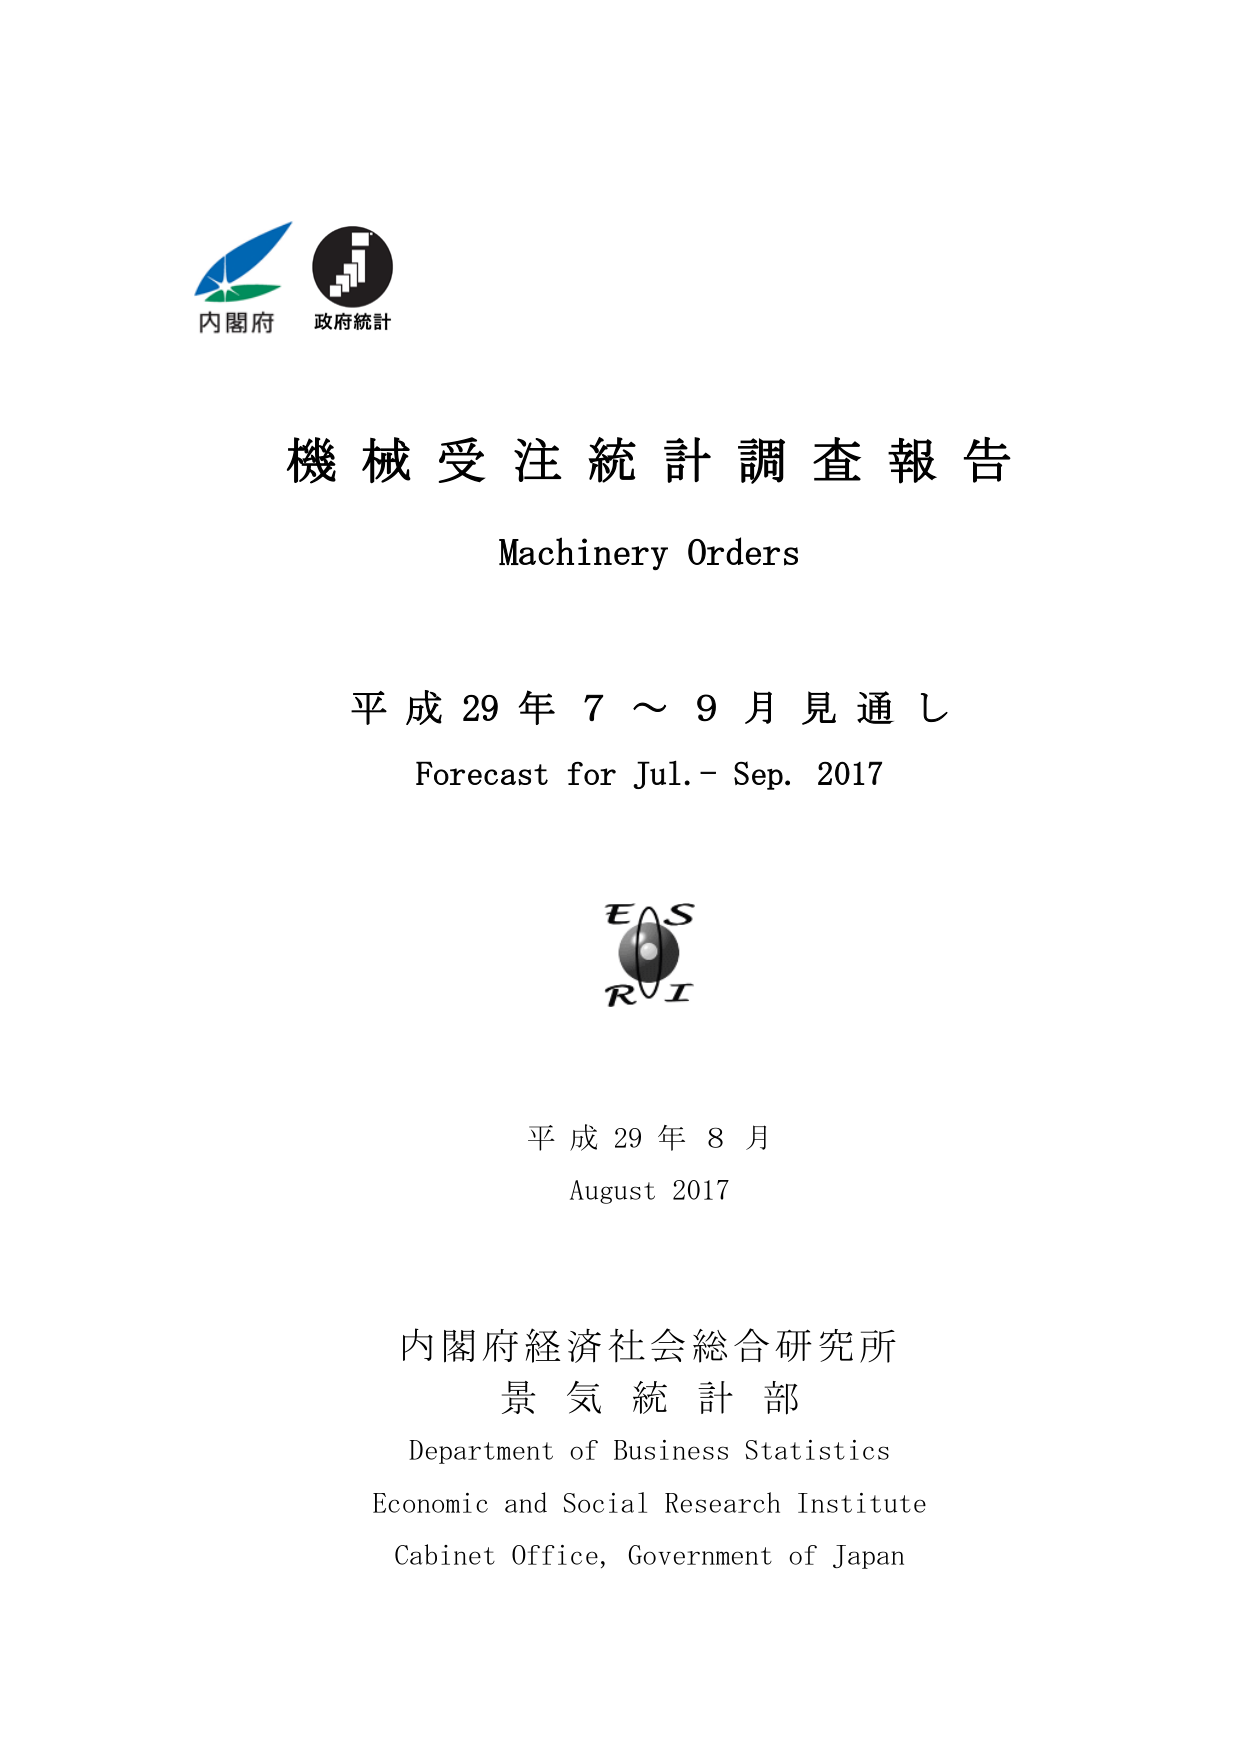
内閣府
政府統計

機械受注統計調査報告
Machinery Orders

平成29年7～9月見通し
Forecast for Jul. – Sep. 2017

EAS
RI

平成29年8月
August 2017

内閣府経済社会総合研究所
景気統計部
Department of Business Statistics
Economic and Social Research Institute
Cabinet Office, Government of Japan